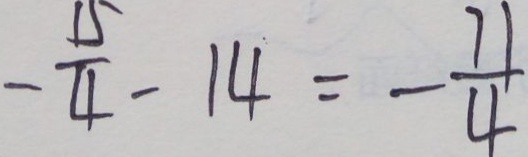
- \frac { 1 5 } { 4 } - 1 4 = - \frac { 7 1 } { 4 }